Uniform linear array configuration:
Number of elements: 4
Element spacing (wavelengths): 1
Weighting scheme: hamming
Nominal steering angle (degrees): -15
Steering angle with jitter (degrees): -13.386
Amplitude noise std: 0.05
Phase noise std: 0.05

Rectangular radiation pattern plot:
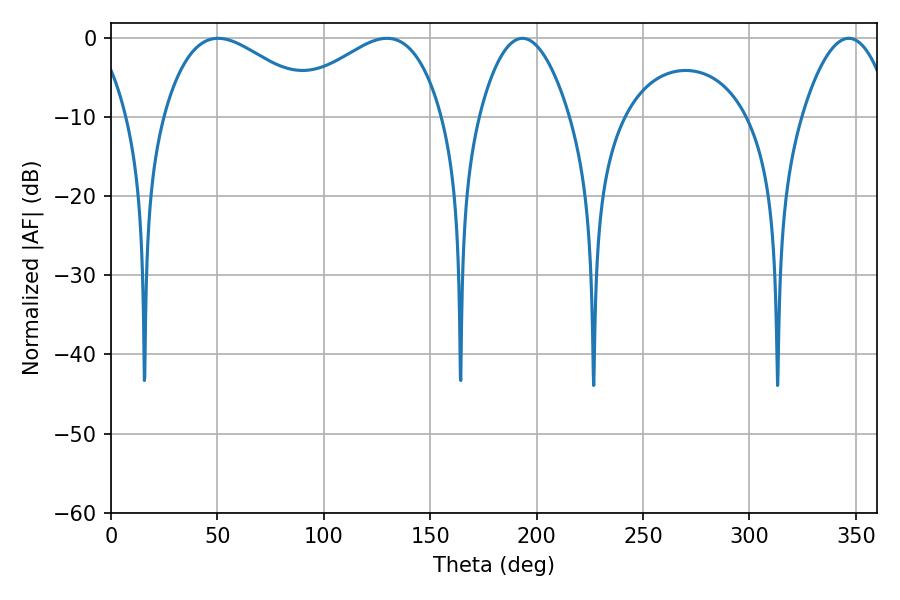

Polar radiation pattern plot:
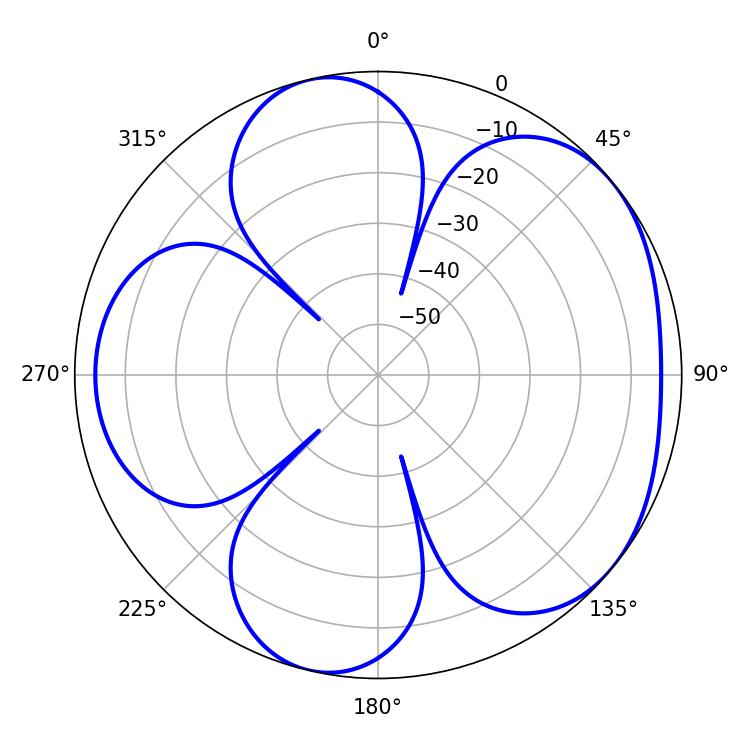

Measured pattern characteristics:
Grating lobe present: TRUE
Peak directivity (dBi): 4.734
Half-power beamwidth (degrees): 23.22
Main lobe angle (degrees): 193.32